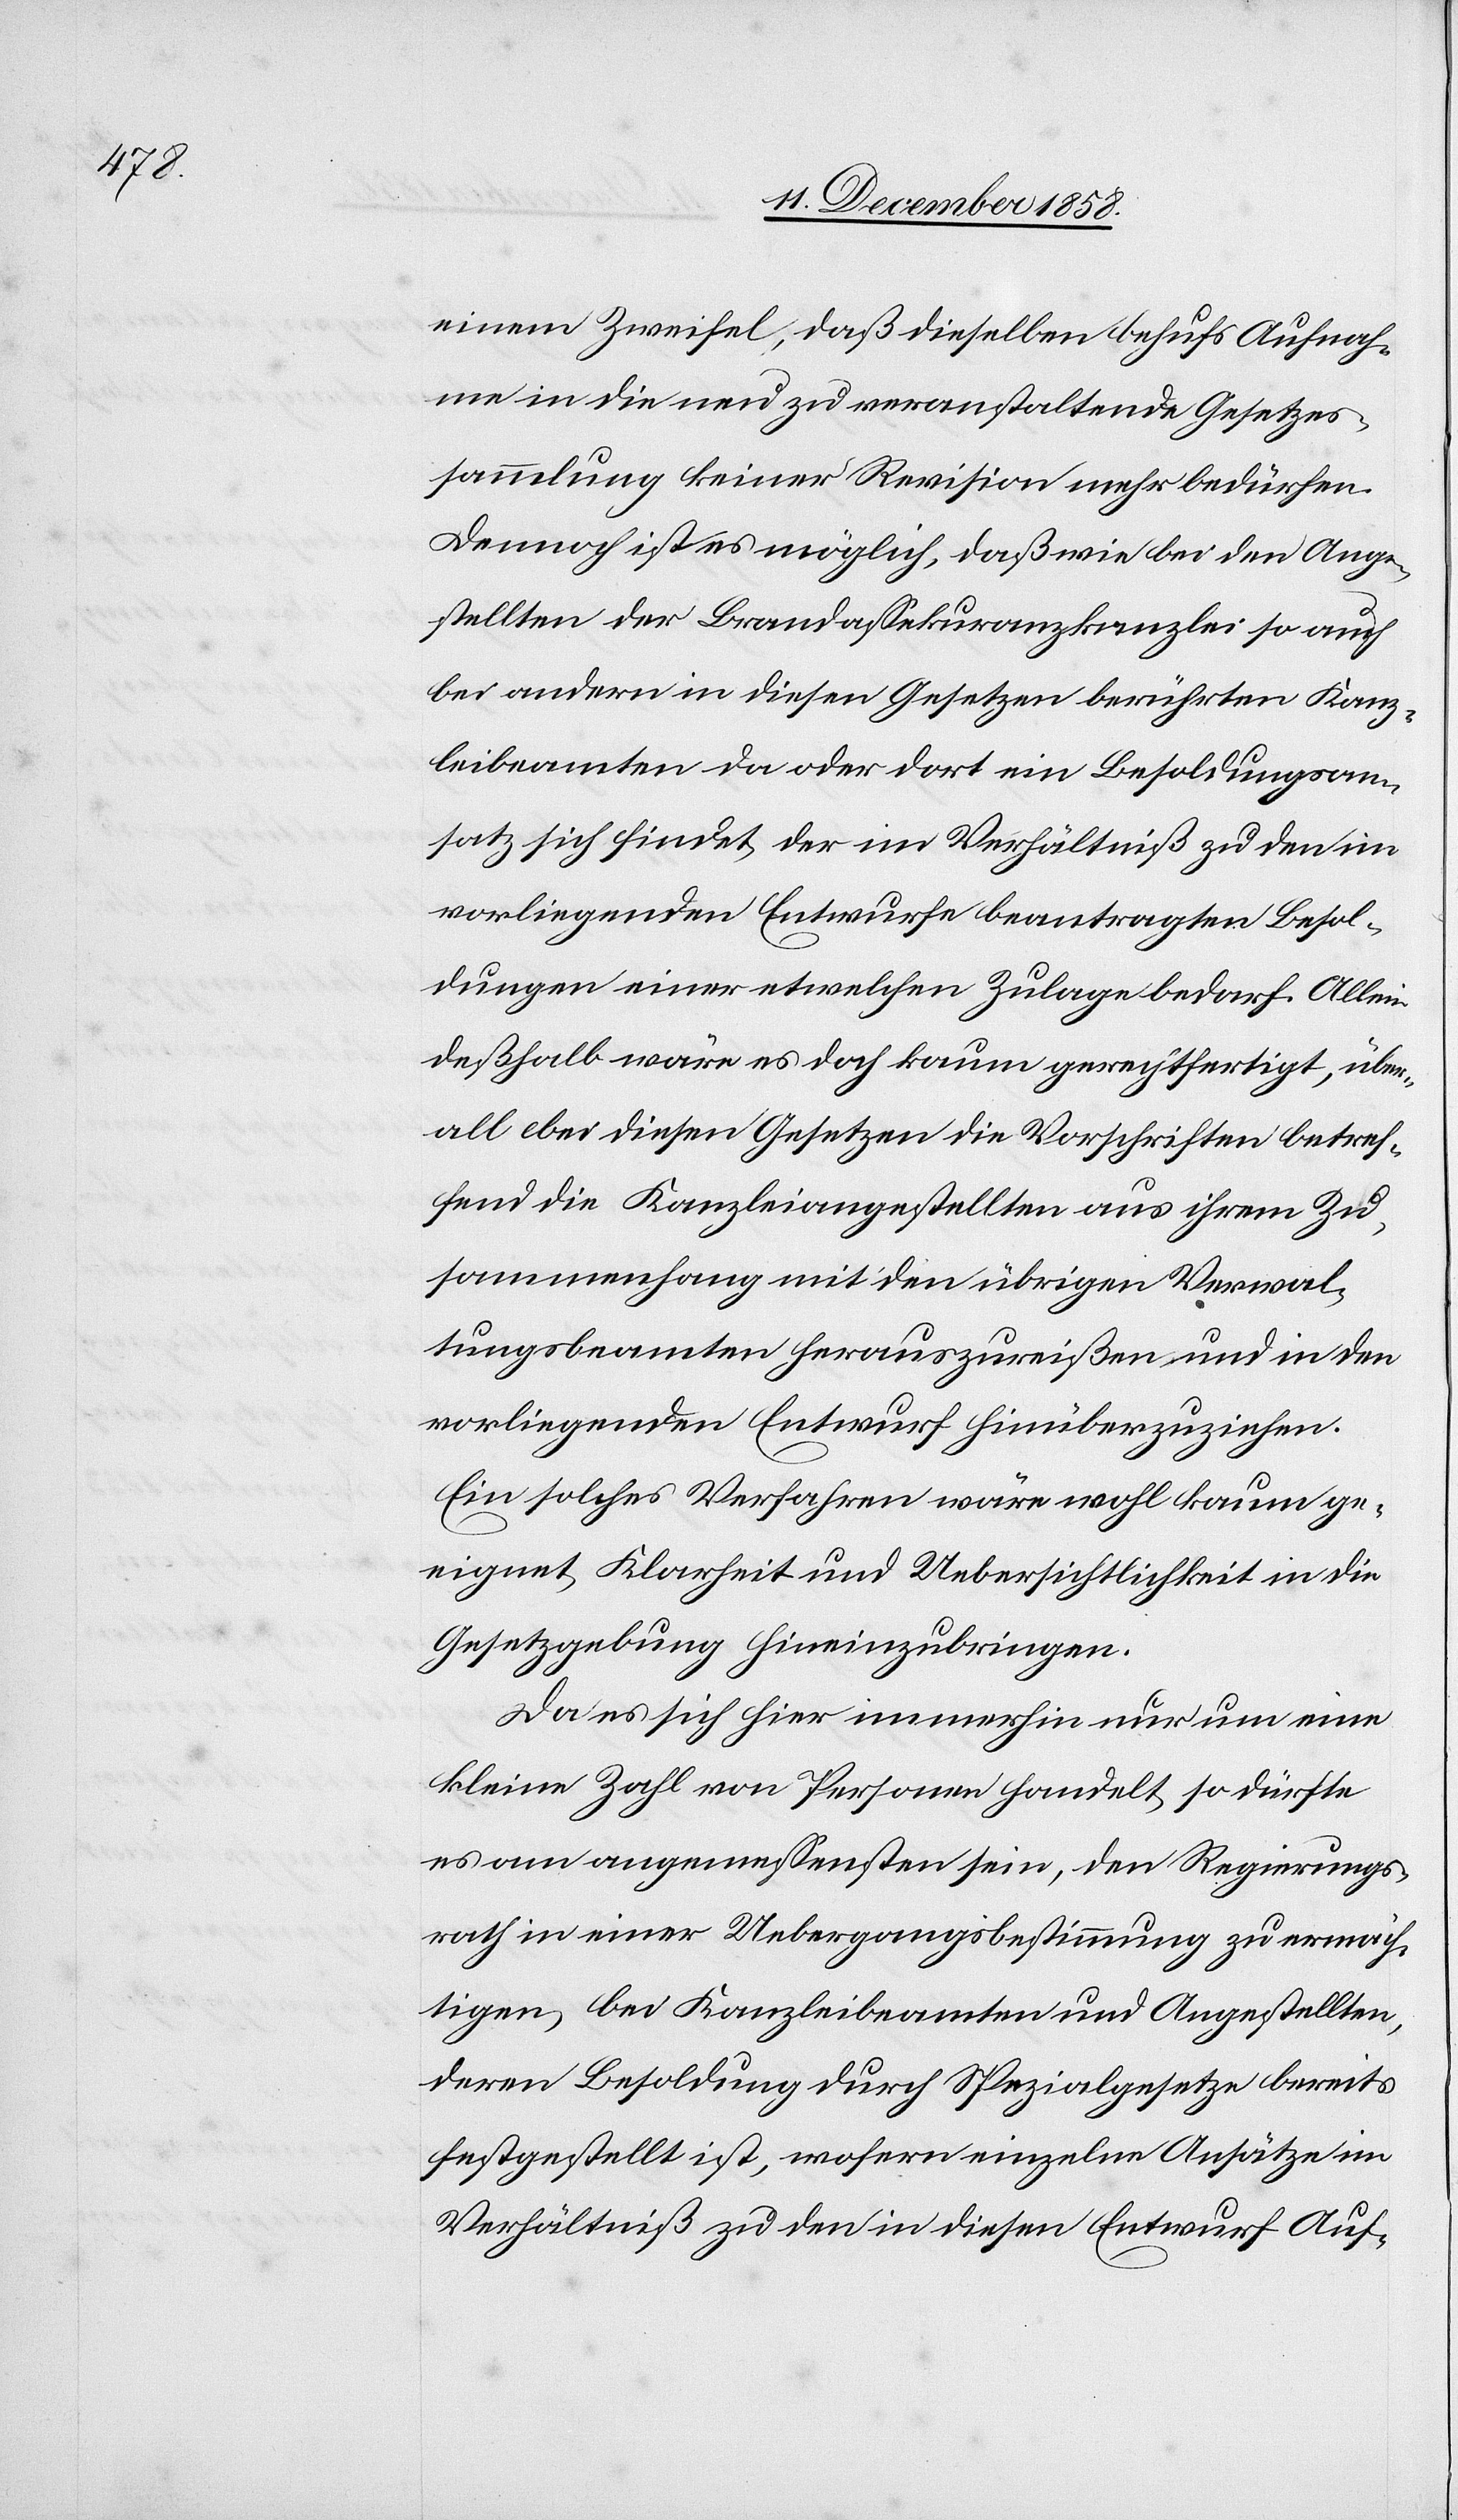
einem Zweifel, daß dieselben behufs Aufnah¬
me in die neu zu veranstaltende Gesetzes¬
sammlung keiner Revision mehr bedürfen.
Dennoch ist es möglich, daß wie bei den Ange¬
stellten der Brandassekuranzkanzlei so auch
bei andern in diesen Gesetzen berührten Kanz¬
leibeamten da oder dort ein Besoldungsan¬
satz sich findet, der im Verhältniß zu den im
vorliegenden Entwurfe beantragten Besol¬
dungen einer etwelchen Zulage bedarf. Allein
deßhalb wäre es doch kaum gerechtfertigt, über¬
all bei diesen Gesetzen die Vorschriften betref¬
fend die Kanzleiangestellten aus ihrem Zu¬
sammenhang mit den übrigen Verwal¬
tungsbeamten herauszureißen und in den
vorliegenden Entwurf hinüberzuziehen.
Ein solches Verfahren wäre wohl kaum ge¬
eignet, Klarheit und Uebersichtlichkeit in die
Gesetzgebung hineinzubringen.
Da es sich hier immerhin nur um eine
kleine Zahl von Personen handelt, so dürfte
es am angemessensten sein, den Regierungs¬
rath in einer Uebergangsbestimmung zu ermäch¬
tigen, bei Kanzleibeamten und Angestellten,
deren Besoldung durch Spezialgesetze bereits
festgestellt ist, wofern einzelne Ansätze im
Verhältniß zu den in diesen Entwurf Auf-